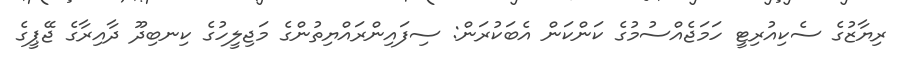
ރިޔާޒުގެ ސެކިއުރިޓީ ހަމަޖެއްސުމުގެ ކަންކަން އެބަކުރަން: ސިފައިންރައްޔިތުންގެ މަޖިލީހުގެ ކިނބިދޫ ދާއިރާގެ ޖޭޕީގެ